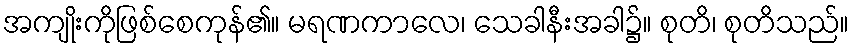
အကျိုးကိုဖြစ်စေကုန်၏။ မရဏကာလေ၊ သေခါနီးအခါ၌။ စုတိ၊ စုတိသည်။